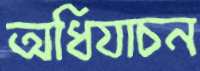
অধিযাচন